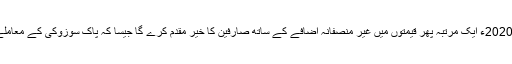
البتہ لگتا ہے کہ 2020ء ایک مرتبہ پھر قیمتوں میں غیر منصفانہ اضافے کے ساتھ صارفین کا خیر مقدم کرے گا جیسا کہ پاک سوزوکی کے معاملے سے ظاہر ہے۔